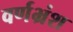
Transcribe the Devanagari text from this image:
वर्णभ्रंश